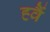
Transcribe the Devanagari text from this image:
ह्वैं